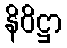
နိဝိဋ္ဌာ